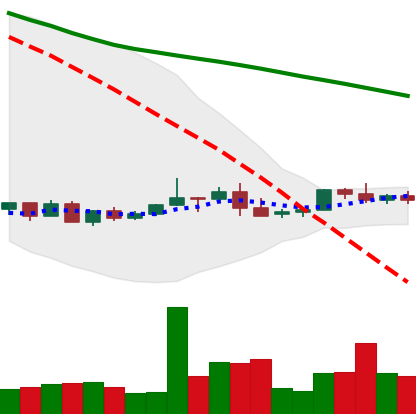
Ticker: NEO-USD
Chart end date: 2022-06-03
Forward return: 7.719%
Label: up_7plus